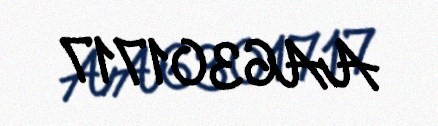
AA6301717